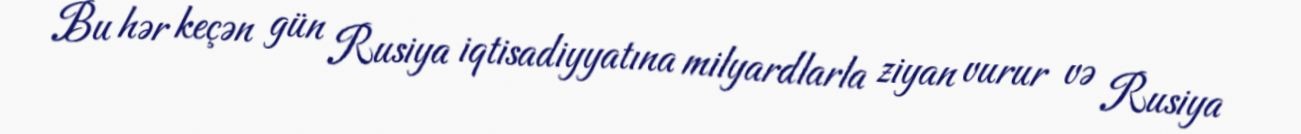
Bu hər keçən gün Rusiya iqtisadiyyatına milyardlarla ziyan vurur və Rusiya